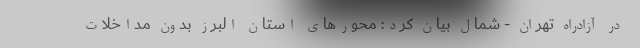
در آزادراه تهران - شمال بیان کرد: محورهای استان البرز بدون مداخلات